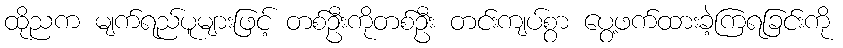
ထိုညက မျက်ရည်ပူများဖြင့် တစ်ဦးကိုတစ်ဦး တင်းကျပ်စွာ ပွေ့ဖက်ထားခဲ့ကြရခြင်းကို